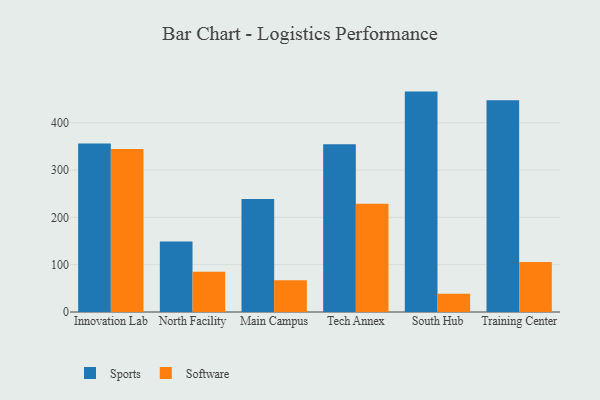
{"axis": {"x": "Campus", "y": "Headcount"}, "legend": ["Software", "Sports"], "data": [{"x": "Innovation Lab", "y": 355.8, "type": "Sports"}, {"x": "Innovation Lab", "y": 344.4, "type": "Software"}, {"x": "North Facility", "y": 148.8, "type": "Sports"}, {"x": "North Facility", "y": 85.3, "type": "Software"}, {"x": "Main Campus", "y": 238.6, "type": "Sports"}, {"x": "Main Campus", "y": 67.0, "type": "Software"}, {"x": "Tech Annex", "y": 354.2, "type": "Sports"}, {"x": "Tech Annex", "y": 228.5, "type": "Software"}, {"x": "South Hub", "y": 465.7, "type": "Sports"}, {"x": "South Hub", "y": 38.7, "type": "Software"}, {"x": "Training Center", "y": 447.5, "type": "Sports"}, {"x": "Training Center", "y": 105.8, "type": "Software"}]}